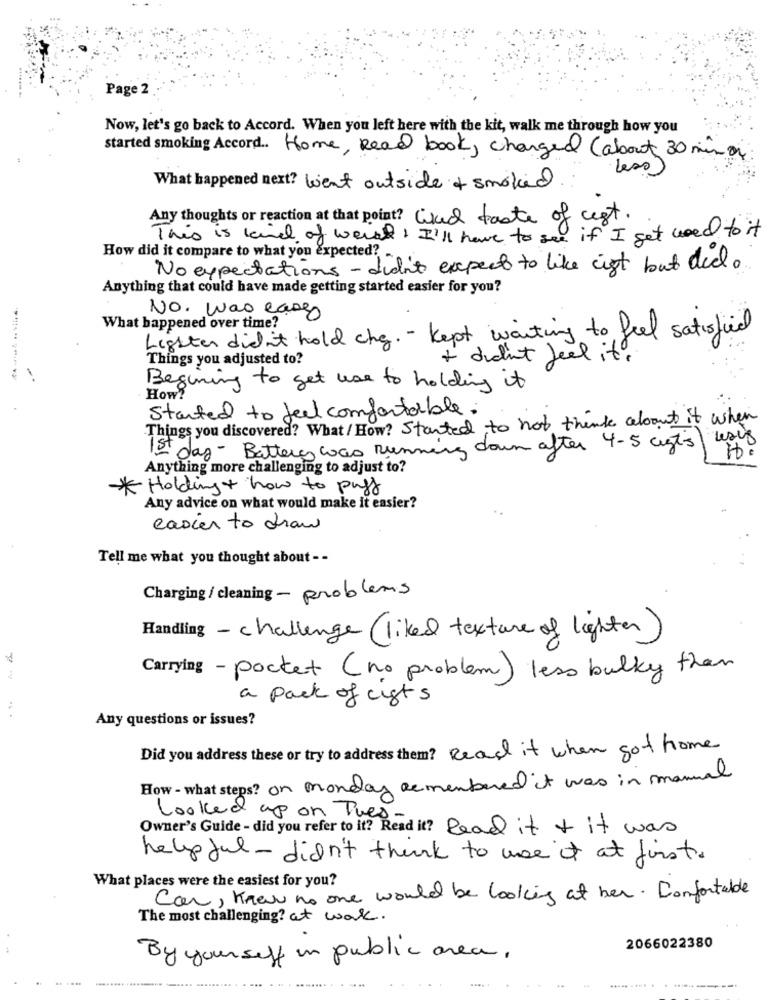
Page 2
Now, let's go back to Accord. When you left here with the kit, walk me through how you
started smoking Accord. Home, Read book, changed (about 30 min on
Less
What happened next? went outside of smoked
Any thoughts or reaction at that point? and taste of cest.
This is level of were ! I'll have to see if I get used to it
How did it compare to what you expected?
No expectations - didn't expect to like cist but did.
Anything that could have made getting started easier for you?
No. was cases
What happened over time?
Lighter didn't hold che. - kept waiting to feel satisfied
Things you adjusted to?
+ didn't feel it.
---------
Begining to get use to holding it
How?
Started to feel comfortable.
Things you discovered? What/ How? Started to not think about it when
1st day - Battery was Running down after 4-5 cigts
Anything more challenging to adjust to?
* Holding + how to puff
Any advice on what would make it easier?
easier to draw
Tell me what you thought about - -
Charging/ cleaning - problems
Handling - challenge (liked texture of lighter)
Carrying - pocket (no problem) less bulky than
a pack of cists
Any questions or issues?
Did you address these or try to address them? Read it when got home
How - what steps? on monday remembered it was in manual
Looked up on Tues -
Owner's Guide - did you refer to it? Read it? Read it + it was
helpful-didn't think to use it at first.
What places were the easiest for you?
Can, Knew no one would be looking at her. Confortable
The most challenging? at work.
2066022380
By your self in public area ,
.. .... .